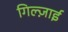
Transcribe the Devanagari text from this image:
गिल्ज़ाई